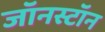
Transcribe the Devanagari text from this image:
जॉनस्टॉन